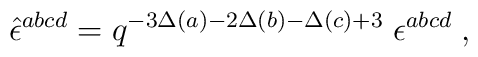
\hat{\epsilon}^{abcd} = q^{-3\Delta(a)-2\Delta(b)-\Delta(c) +3}\;\epsilon^{abcd}  \;,